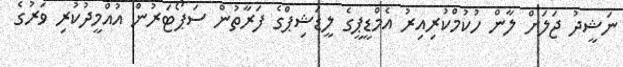
ނަޝީދު ޖަލަށް ލާން ހުކުމްކުރިއިރު އެމްޑީޕީގެ ލީޑަޝިޕްގެ ފަރާތުން ސަޕޯޓަރުން އުއްމީދުކުރި ވަރުގެ